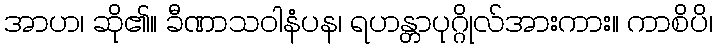
အာဟ၊ ဆို၏။ ခီဏာသဝါနံပန၊ ရဟန္တာပုဂ္ဂိုလ်အားကား။ ကာစိပိ၊